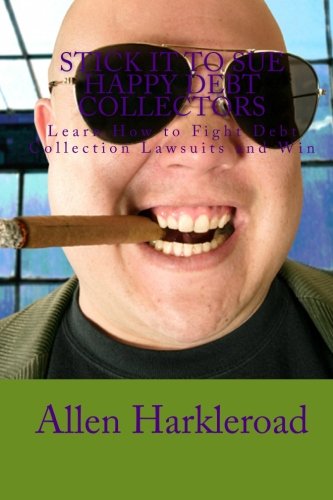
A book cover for Stick It To Sue Happy Debt Collectors: Learn How to Fight Debt Collection Lawsuits and Win; Allen Harkleroad; Law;